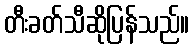
တီးခတ်သီဆိုပြန်သည်။